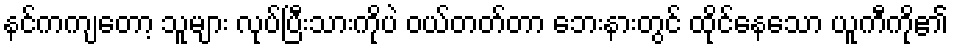
နင်ကကျတော့ သူများ လုပ်ပြီးသားကိုပဲ ဝယ်တတ်တာ ဘေးနားတွင် ထိုင်နေသော ယူကီကို၏